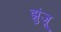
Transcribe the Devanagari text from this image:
झुंजू